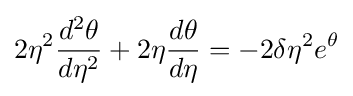
2\eta ^{2}{\frac {d^{2}\theta }{d\eta ^{2}}}+2\eta {\frac {d\theta }{d\eta }}=-2\delta \eta ^{2}e^{\theta }